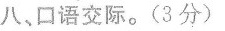
八、口语交际。(3分)